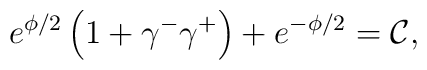
e^{\phi /2}\left( 1+\gamma ^{-}\gamma ^{+}\right) +e^{-\phi /2}=\mathcal{C},